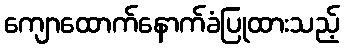
ကျောထောက်နောက်ခံပြုထားသည့်